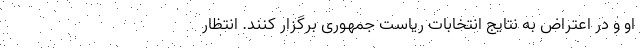
او و در اعتراض به نتایج انتخابات ریاست جمهوری برگزار کنند. انتظار